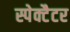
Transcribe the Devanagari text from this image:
स्पेक्टैटर